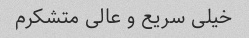
خیلی سریع و عالی متشکرم